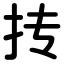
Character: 抟